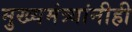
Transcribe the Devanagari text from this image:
मुख्यमंत्र्यांनीही